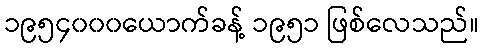
၁၉၅၄၀၀၀ယောက်ခန့် ၁၉၅၁ ဖြစ်လေသည်။